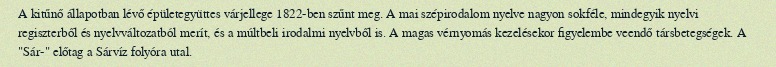
A kitűnő állapotban lévő épületegyüttes várjellege 1822-ben szűnt meg. A mai szépirodalom nyelve nagyon sokféle, mindegyik nyelvi regiszterből és nyelvváltozatból merít, és a múltbeli irodalmi nyelvből is. A magas vérnyomás kezelésekor figyelembe veendő társbetegségek. A "Sár-" előtag a Sárvíz folyóra utal.